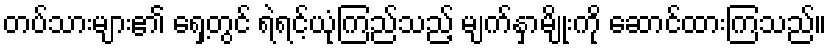
တပ်သားများ၏ ရှေ့တွင် ရဲရင့်ယုံကြည်သည့် မျက်နှာမျိုးကို ဆောင်ထားကြသည်။